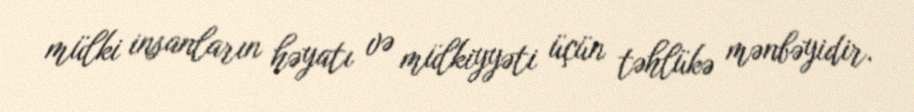
mülki insanların həyatı və mülkiyyəti üçün təhlükə mənbəyidir.